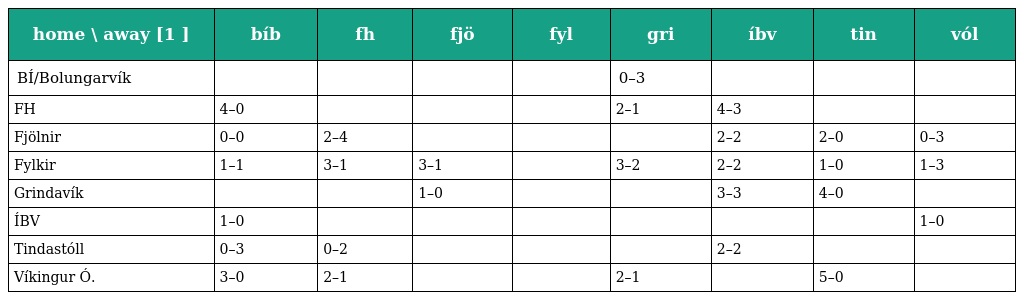
| home \ away [1 ] | bíb | fh | fjö | fyl | gri | íbv | tin | vól |
 | --- | --- | --- | --- | --- | --- | --- | --- | --- |
 | BÍ/Bolungarvík |  |  |  |  | 0–3 |  |  |  |
 | FH | 4–0 |  |  |  | 2–1 | 4–3 |  |  |
 | Fjölnir | 0–0 | 2–4 |  |  |  | 2–2 | 2–0 | 0–3 |
 | Fylkir | 1–1 | 3–1 | 3–1 |  | 3–2 | 2–2 | 1–0 | 1–3 |
 | Grindavík |  |  | 1–0 |  |  | 3–3 | 4–0 |  |
 | ÍBV | 1–0 |  |  |  |  |  |  | 1–0 |
 | Tindastóll | 0–3 | 0–2 |  |  |  | 2–2 |  |  |
 | Víkingur Ó. | 3–0 | 2–1 |  |  | 2–1 |  | 5–0 |  |